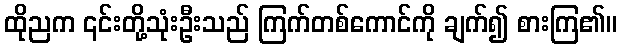
ထိုညက ၎င်းတို့သုံးဦးသည် ကြက်တစ်ကောင်ကို ချက်၍ စားကြ၏။